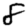
Digit: 8